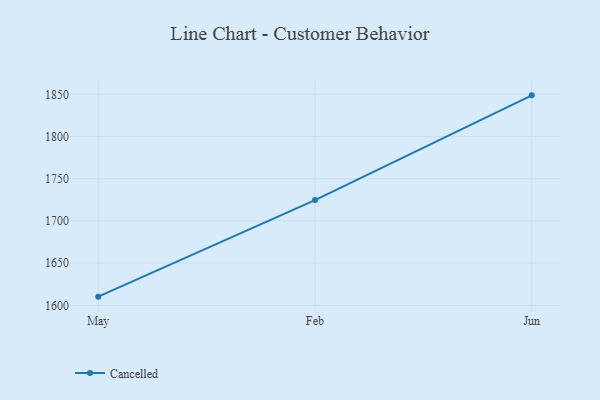
{"axis": {"x": "Month", "y": "Website Visitors"}, "legend": ["Cancelled"], "data": [{"x": "May", "y": 1610.3, "type": "Cancelled"}, {"x": "Feb", "y": 1724.7, "type": "Cancelled"}, {"x": "Jun", "y": 1848.8, "type": "Cancelled"}]}